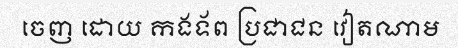
ចេញ ដោយ កងទ័ព ប្រជាជន វៀតណាម